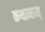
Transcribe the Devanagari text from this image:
कथानाम्